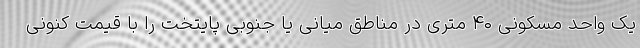
یک واحد مسکونی ۴۰ متری در مناطق میانی یا جنوبی پایتخت را با قیمت کنونی